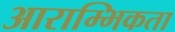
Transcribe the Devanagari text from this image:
आराम्भिकता